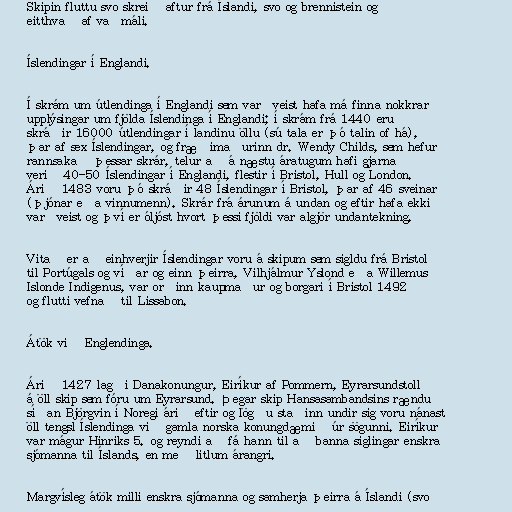
Skipin fluttu svo skreið aftur frá Íslandi, svo og brennistein og
eitthvað af vaðmáli.

Íslendingar í Englandi.

Í skrám um útlendinga í Englandi sem varðveist hafa má finna nokkrar
upplýsingar um fjölda Íslendinga í Englandi; í skrám frá 1440 eru
skráðir 16000 útlendingar í landinu öllu (sú tala er þó talin of há),
þar af sex Íslendingar, og fræðimaðurinn dr. Wendy Childs, sem hefur
rannsakað þessar skrár, telur að á næstu áratugum hafi gjarna
verið 40-50 Íslendingar í Englandi, flestir í Bristol, Hull og London.
Árið 1483 voru þó skráðir 48 Íslendingar í Bristol, þar af 46 sveinar
(þjónar eða vinnumenn). Skrár frá árunum á undan og eftir hafa ekki
varðveist og því er óljóst hvort þessi fjöldi var algjör undantekning.

Vitað er að einhverjir Íslendingar voru á skipum sem sigldu frá Bristol
til Portúgals og víðar og einn þeirra, Vilhjálmur Yslond eða Willemus
Islonde Indigenus, var orðinn kaupmaður og borgari í Bristol 1492
og flutti vefnað til Lissabon.

Átök við Englendinga.

Árið 1427 lagði Danakonungur, Eiríkur af Pommern, Eyrarsundstoll
á öll skip sem fóru um Eyrarsund. Þegar skip Hansasambandsins rændu
síðan Björgvin í Noregi árið eftir og lögðu staðinn undir sig voru nánast
öll tengsl Íslendinga við gamla norska konungdæmið úr sögunni. Eiríkur
var mágur Hinriks 5. og reyndi að fá hann til að banna siglingar enskra
sjómanna til Íslands, en með litlum árangri.

Margvísleg átök milli enskra sjómanna og samherja þeirra á Íslandi (svo